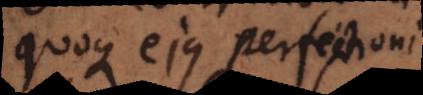
quoque ejus perfectioni